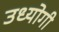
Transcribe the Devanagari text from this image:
उध्योगी